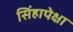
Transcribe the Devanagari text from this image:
सिंहापेक्षा